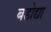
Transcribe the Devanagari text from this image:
बडोद्या